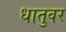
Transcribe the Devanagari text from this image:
धातुवर